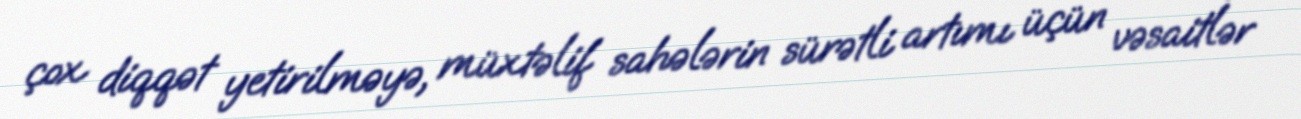
çox diqqət yetirilməyə, müxtəlif sahələrin sürətli artımı üçün vəsaitlər